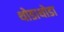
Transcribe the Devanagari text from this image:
थोडाथोडा